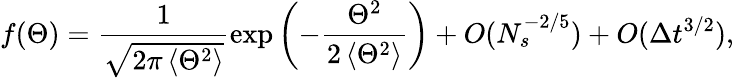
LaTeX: f(\Theta)=\frac{1}{\sqrt{2\pi\left<\Theta^{2}\right>}}\exp\left(-\frac{\Theta^{2}}{2\left<\Theta^{2}\right>}\right)+O(N_{s}^{-2/5})+O(\Delta t^{3/2}),